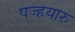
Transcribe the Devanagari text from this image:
पज्हयारु